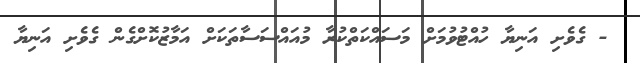
- ގެވެށި އަނިޔާ ހުއްޓުވުމަށް މަސައްކަތްކުރާ މުއައްސަސާތަކަށް އަމާޒުކޮށްގެން ގެވެށި އަނިޔާ